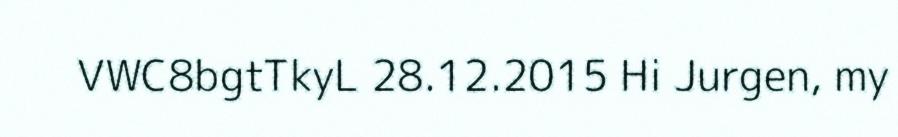
VWC8bgtTkyL 28.12.2015 Hi Jurgen, my